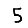
Digit: 5